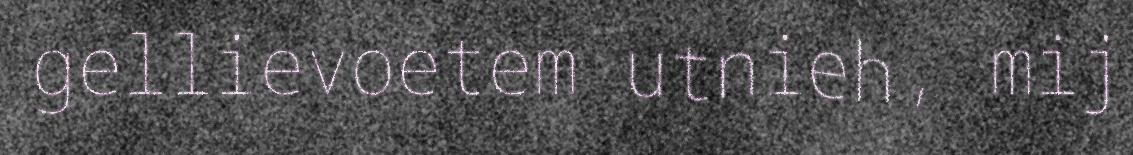
gellievoetem utnieh, mij